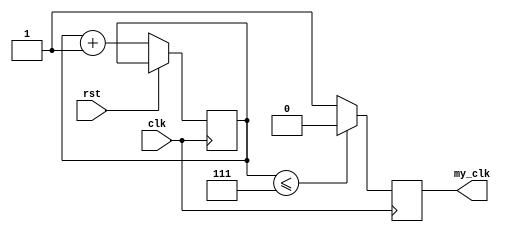
module my_clk_9 #(
    parameter CLK_DIV = 16
    )(
    // INPUT
    input clk,  
    input rst,  
    
    // OUTPUT
    output my_clk
  );

  assign my_clk = my_clk_q;
  
  parameter CTR_SIZE = $clog2(CLK_DIV); //$clog2(2**CLK_DIV);

  reg [CTR_SIZE-1:0] cnt_d, cnt_q;
  reg my_clk_q, my_clk_d;

  /* Combinational Logic */
  always @* begin
    //out = 0;
    cnt_d = cnt_q + 1'b1;
    if (cnt_q <= {CTR_SIZE-1{1'b1}}) begin
       // counter isn't max value yet
      my_clk_d=1'b0;
    end else begin
      //cnt_d=0;
      my_clk_d=1'b1;
  //    ready_d = 1'b1; // counter reached the max, we are ready
    end
    
  end
  
  /* Sequential Logic */
  always @(posedge clk) begin
    if (rst) begin
      // Add flip-flop reset values here
     // cnt_q<=0;
    end else begin
      // Add flip-flop q <= d statements here
      cnt_q <= cnt_d;
    end
    my_clk_q <= my_clk_d;
  end
  
endmodule